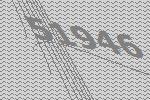
51946